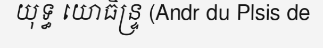
យុទ្ធ យោធិន្ទ្រ (Andr du Plsis de